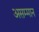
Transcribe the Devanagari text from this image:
असम्मान